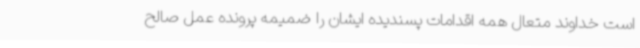
است خداوند متعال همه اقدامات پسندیده ایشان را ضمیمه پرونده عمل صالح